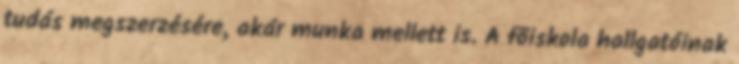
tudás megszerzésére, akár munka mellett is. A fõiskola hallgatóinak